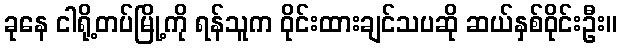
ခုနေ ငါရို့တပ်မြို့ကို ရန်သူက ဝိုင်းထားချင်သပဆို ဆယ်နှစ်ဝိုင်းဦး။